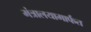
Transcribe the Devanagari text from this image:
मंत्रालयामार्फत